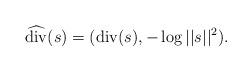
LaTeX: \begin{align*}\widehat{\mathrm{div}}(s) = (\mathrm{div}(s) , - \log||s||^2).\end{align*}